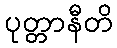
ပုတ္တာနီတိ